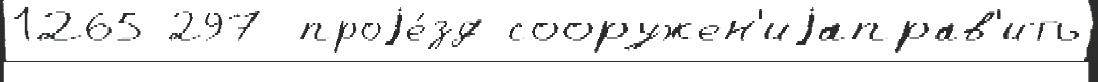
1265 297 проjе́зд сооружен'иjаправ'ить